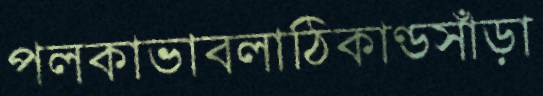
পলকাভাবলাঠিকাণ্ডসাঁড়া